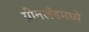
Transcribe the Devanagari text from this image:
ग्रीनलँडमध्ये